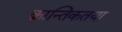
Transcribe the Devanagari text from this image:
क्रान्तिकतया